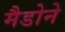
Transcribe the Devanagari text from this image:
मैडोने